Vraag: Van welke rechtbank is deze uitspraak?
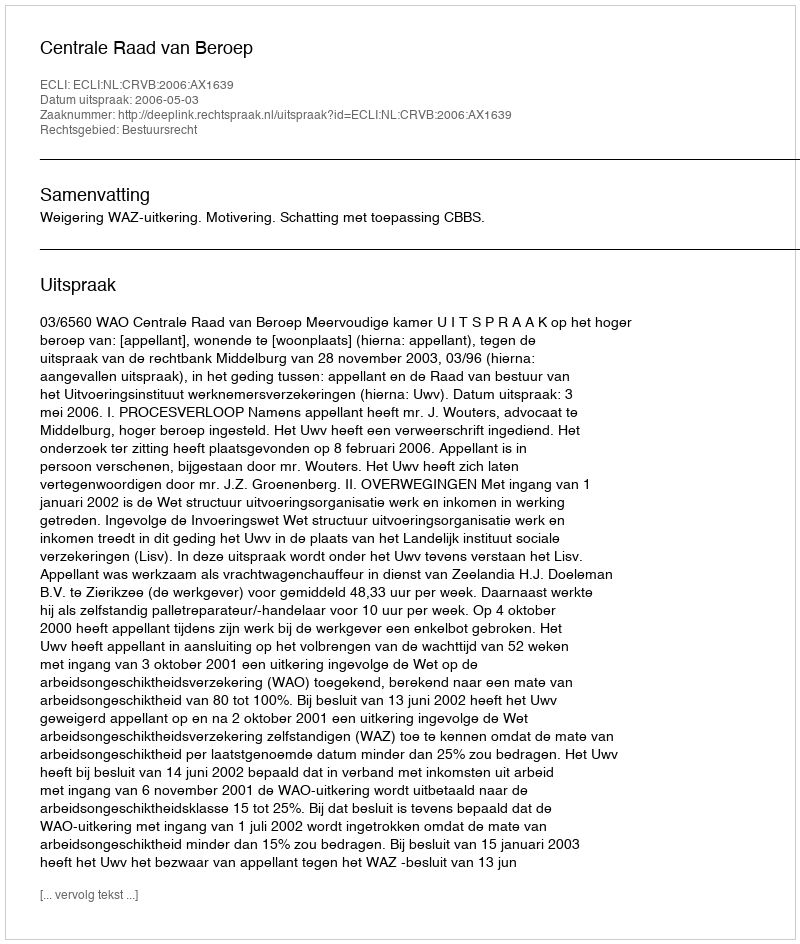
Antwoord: Centrale Raad van Beroep